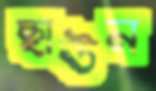
ছাউন